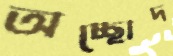
অচ্ছোদ